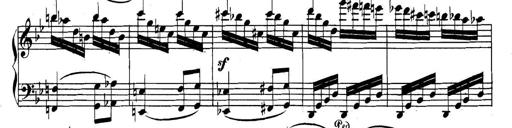
Title: Collected Piano Sonatas
Composer: Muzio Clementi